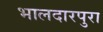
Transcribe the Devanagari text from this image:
भालदारपुरा